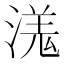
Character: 溬